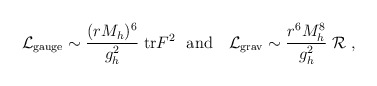
\begin{align*}{\cal L}_{\rm gauge} \sim {(rM_h)^6\over g_h^2}\; {\rm tr} F^2 \ \ {\rm and} \ \ \ {\cal L}_{\rm grav} \sim {r^6 M_h^8\over g_h^2}\; {\cal R}\ ,\end{align*}